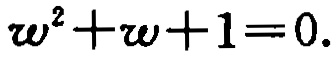
\(w^{2}+w + 1 = 0.\)